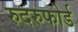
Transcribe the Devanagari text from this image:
रुदरुफोर्ड